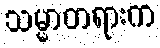
သမ္မာတရားက